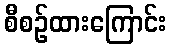
စီစဉ်ထားကြောင်း